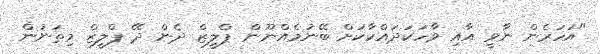
"އަހަރެން ނާވީ އާއި ވާހަކަދައްކާކަށް ބޭނުމެއްނޫން ޕްލީޒް ދެން ދޭ ޕްލީޒް މިތަނުން